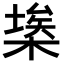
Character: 𣘂